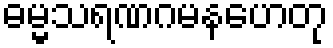
ဓမ္မသရဏဂမနဟေတု